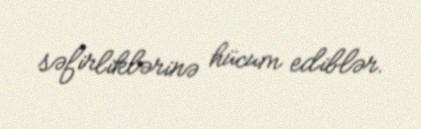
səfirliklərinə hücum ediblər.